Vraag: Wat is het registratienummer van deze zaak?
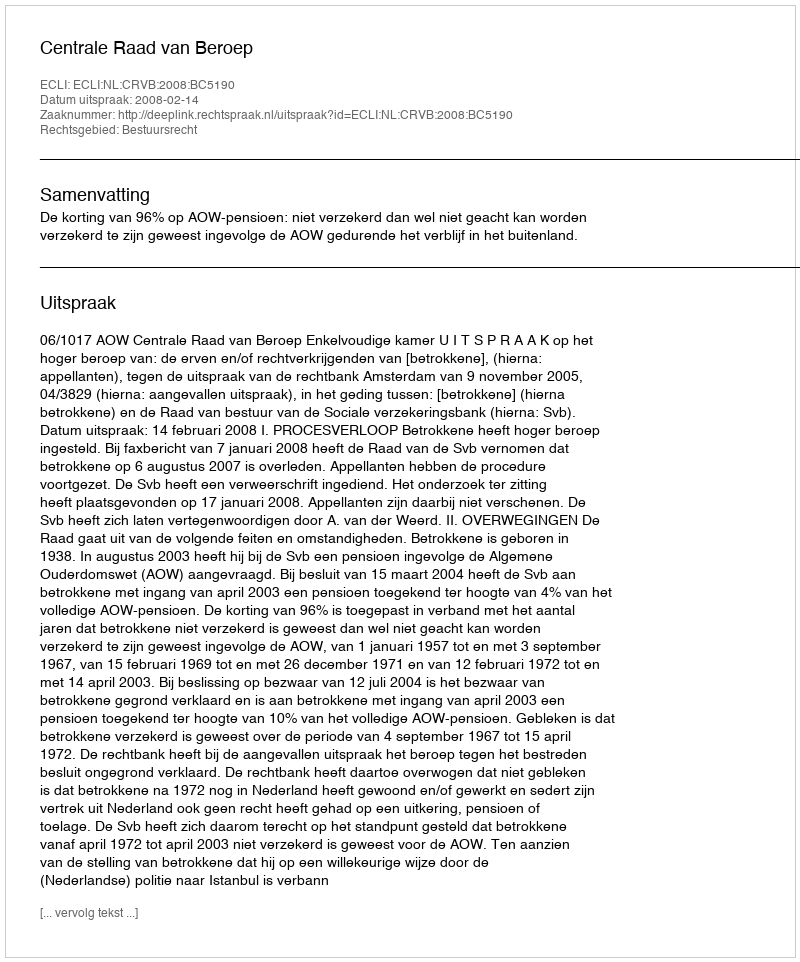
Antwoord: http://deeplink.rechtspraak.nl/uitspraak?id=ECLI:NL:CRVB:2008:BC5190